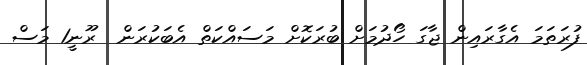
ފުރަތަމަ އެގާރައިން ޖާގަ ހޯދުމަށް ބުރަކޮށް މަސައްކަތް އެބަކުރަން  ރޫނީ1 މަސް